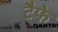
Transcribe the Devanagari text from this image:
टैफे